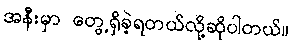
အနီးမှာ တွေ့ရှိခဲ့ရတယ်လို့ဆိုပါတယ်။